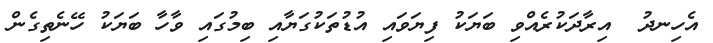
އެހިނދު  އިރާދަކުރެއްވި ބަޔަކު ފިޔަވައި އުޑުތަކުގަޔާއި ބިމުގައި ވާހާ ބަޔަކު ހޭނެތިގެން